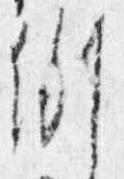
例